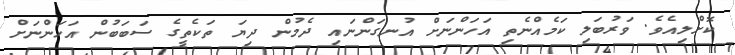
ކޮށްލިއެވެ. ވަރުބަލި ކަމެއްނެތި އަހަންނަށް އުނގަންނައި ދެމުން ދިޔަ ތަކެތީގެ ސަބަބުން އަހަންނަށް